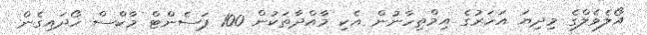
އޯލެވެލްގެ މިދިޔަ އަހަރުގެ އިމްތިހާނުން އެކި މާއްދާތަކުން 100 ޕަސެންޓް މާކްސް ހޯދައިގެން